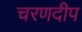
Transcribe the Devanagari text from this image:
चरणदीप